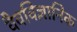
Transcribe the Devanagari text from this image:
वैवविज्ञानिक